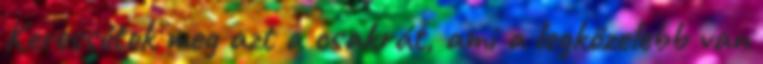
Keressétek meg azt a csakrát, ami a legközelebb van